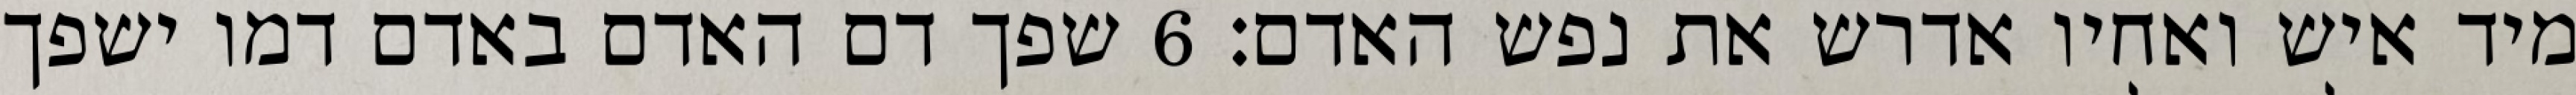
מיד איש ואחיו אדרש את נפש האדם׃ ‎6‏ שפך דם האדם באדם דמו ישפך